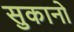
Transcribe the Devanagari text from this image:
सुकानो